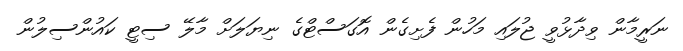
ނަރީމާން ވިދާޅުވީ ޖުލައި މަހުން ފެށިގެން އޮގަސްޓްގެ ނިޔަލަށް މާލޭ ސިޓީ ކައުންސިލުން